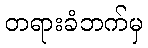
တရားခံဘက်မှ